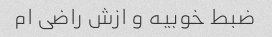
ضبط خوبیه و ازش راضی ام